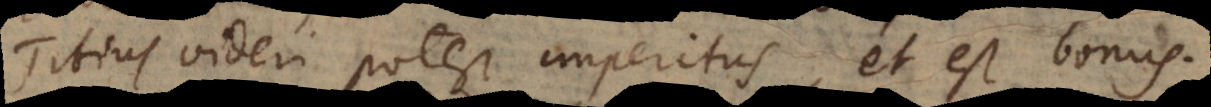
Titius videri potest imperitus, et est bonus.